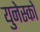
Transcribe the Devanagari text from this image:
युनेस्‍को